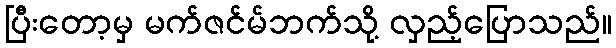
ပြီးတော့မှ မက်ဇင်မ်ဘက်သို့ လှည့်ပြောသည်။